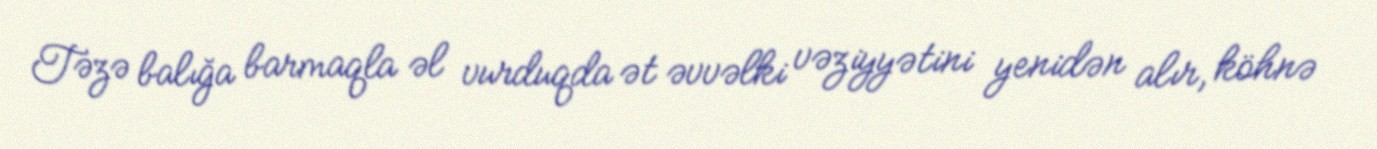
Təzə balığa barmaqla əl vurduqda ət əvvəlki vəziyyətini yenidən alır, köhnə